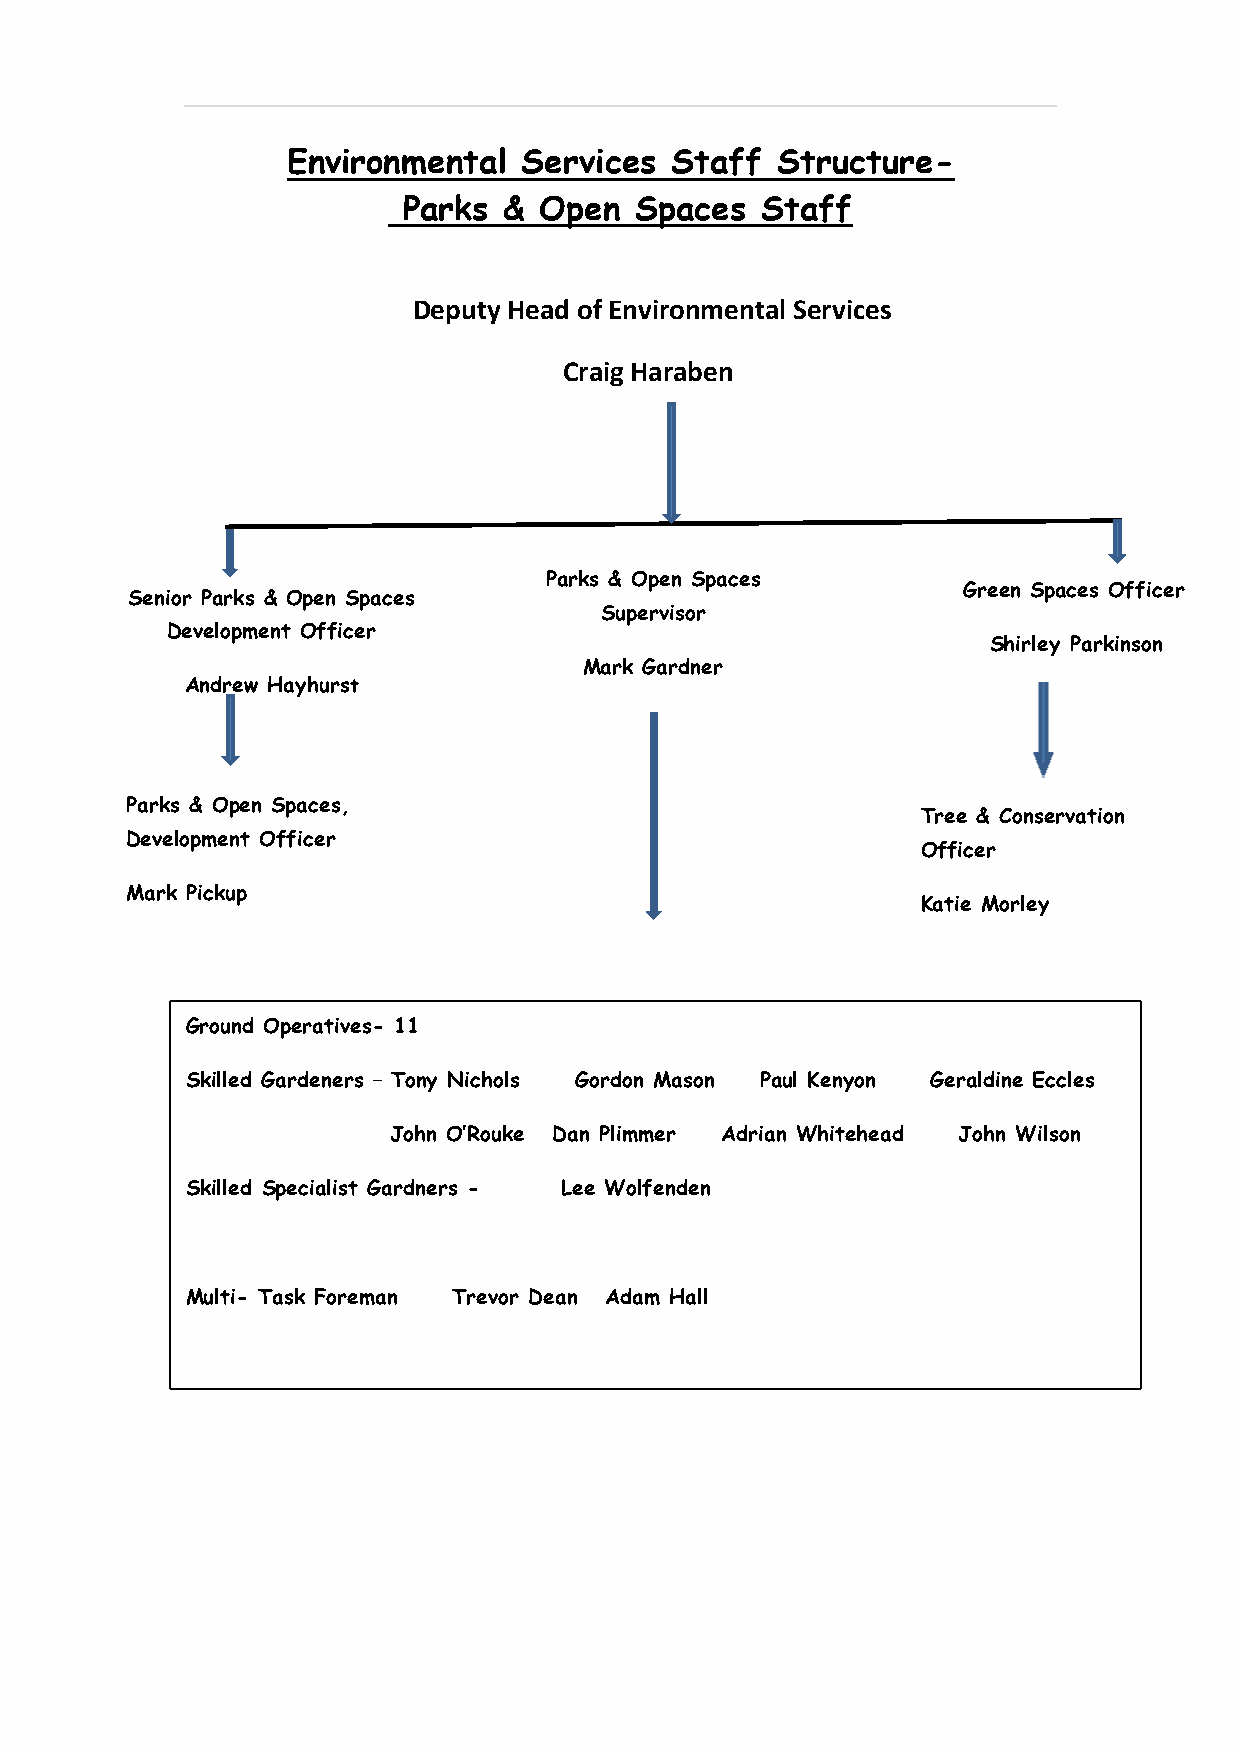
Environmental   Services Staff  Structure-
 Parks &  Open  Spaces  Staff
 Deputy Head of Environmental Services
 Craig Haraben
 Parks & Open Spaces
 Green Spaces Officer
 Senior Parks & Open Spaces
 Su pervisor
 Development Officer
 Shirley Parkinson
 Mark Gardner
 Andrew Hayhurst
 Shirley Parkinson
 Parks & Open Spaces,
 Mark Gardener          Tree & Conservation
 Development Officer
 Officer
 Mark Pickup
 Katie Morley
 Ground Operatives- 11
 Skilled Gardeners – Tony Nichols Gordon Mason Paul Kenyon Geraldine Eccles
 John O’Rouke Dan Plimmer Adrian Whitehead John Wilson
 Skilled Specialist Gardners - Lee W olfenden
 Multi- Task Foreman Trevor Dean Adam Hall